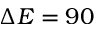
\Delta E = 9 0